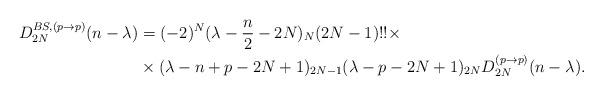
LaTeX: \begin{align*} D_{2N}^{BS,(p\to p)}(n-\lambda)&=(-2)^N(\lambda-\frac n2-2N)_N(2N-1)!!\times\\ &\times(\lambda-n+p-2N+1)_{2N-1}(\lambda-p-2N+1)_{2N}D^{(p\to p)}_{2N}(n-\lambda). \end{align*}